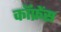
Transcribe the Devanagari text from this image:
कॉफ्रेंस